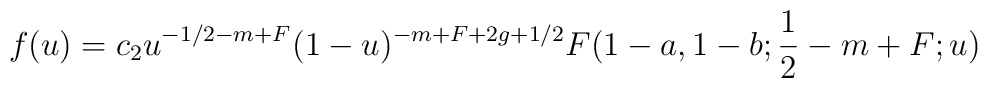
f(u)=c_2u^{-1/2-m+F}(1-u)^{-m+F+2g+1/2}F(1-a,1-b;\frac 12-m+F;u)